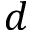
d